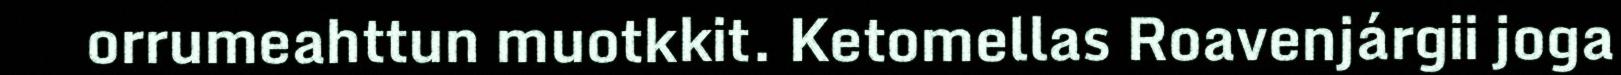
orrumeahttun muotkkit. Ketomellas Roavenjárgii joga